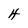
Character: H